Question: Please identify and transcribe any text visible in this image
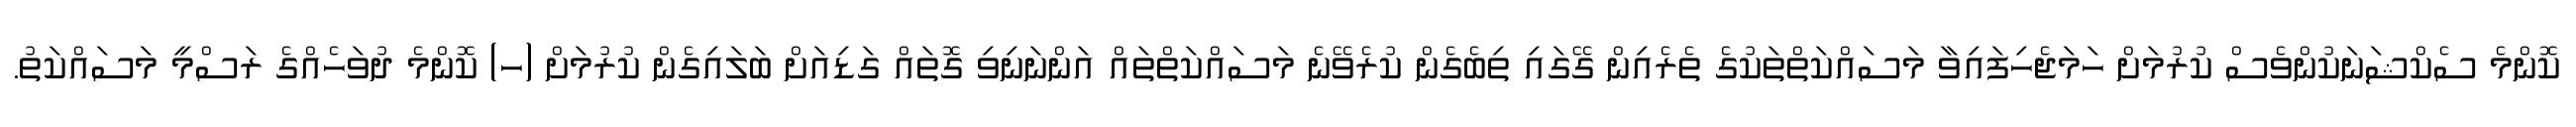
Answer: ކޮންމެ ސެކްޝަނަކުންވެސް ކުރުމަށް ހަމަޖެހިފައިވާ މަސައްކަތްތަކުގެ ތެރެއިން ގޭގައި ތިބެގެން ކުރެވޭނެ މަސައްކަތްތައް އަންނަނިވި ގޮތައް ގަޑިއަށް ބަލައިގެން ކުރުމަށް (ހ) ކޮންމެ ދުވަހެއްގެ ރަސްމީ މަސައްކަތު.